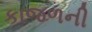
કાજળની